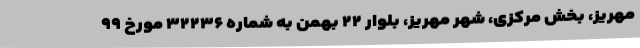
مهریز، بخش مرکزی، شهر مهریز، بلوار ۲۲ بهمن به شماره ۳۲۲۳۶ مورخ ۹۹